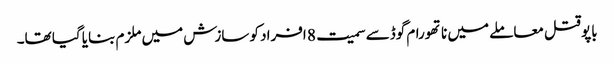
باپو قتل معاملے میں ناتھورام گوڈسے سمیت 8 افراد کو سازش میں ملزم بنایا گیا تھا۔